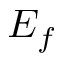
E _ { f }